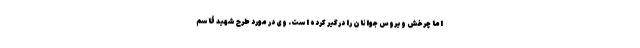
اما چرخش ویروس جوانان را درگیر کرده است. وی در مورد طرح شهید قاسم